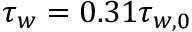
\tau _ { w } = 0 . 3 1 \tau _ { w , 0 }